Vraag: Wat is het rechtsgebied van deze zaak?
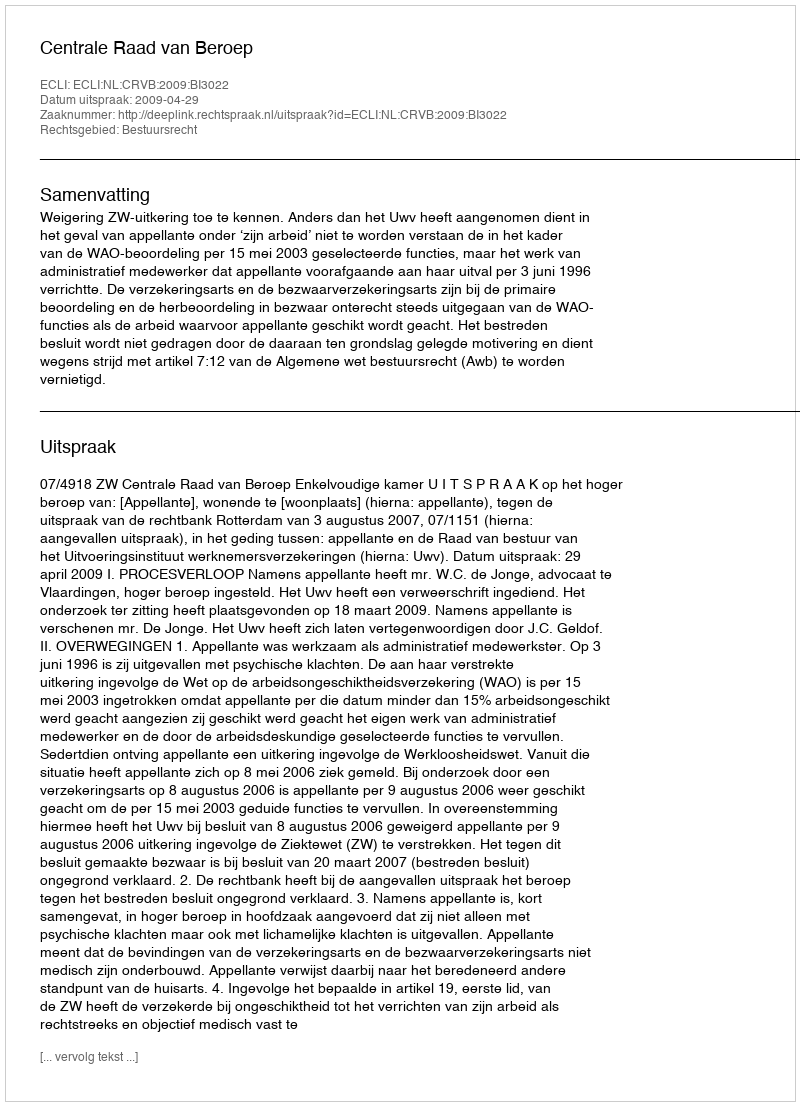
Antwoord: Bestuursrecht